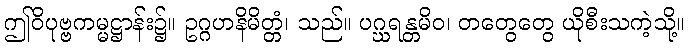
ဤဝိပုဗ္ဗကမ္မဋ္ဌာန်း၌။ ဥဂ္ဂဟနိမိတ္တံ၊ သည်။ ပဂ္ဃရန္တမိဝ၊ တတွေတွေ ယိုစီးသကဲ့သို့။